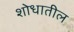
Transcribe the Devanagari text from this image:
शोधातील